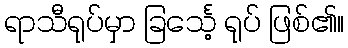
ရာသီရုပ်မှာ ခြင်္သေ့ ရုပ် ဖြစ်၏။